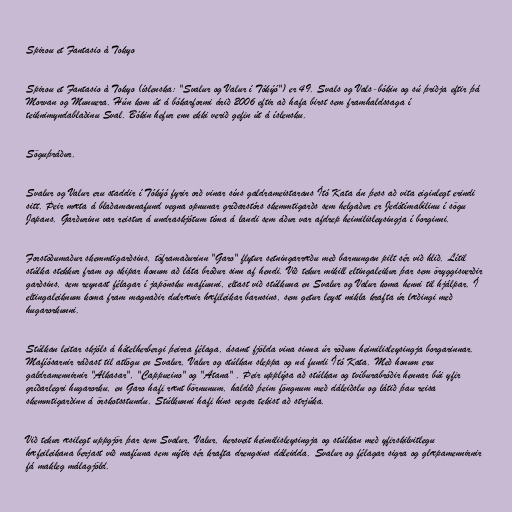
Spirou et Fantasio à Tokyo

Spirou et Fantasio à Tokyo (íslenska: "Svalur og Valur í Tókýó") er 49. Svals og Vals-bókin og sú þriðja eftir þá
Morvan og Munuera. Hún kom út á bókarformi árið 2006 eftir að hafa birst sem framhaldssaga í
teiknimyndablaðinu Sval. Bókin hefur enn ekki verið gefin út á íslensku.

Söguþráður.

Svalur og Valur eru staddir í Tókýó fyrir orð vinar síns galdrameistarans Ító Kata án þess að vita eiginlegt erindi
sitt. Þeir mæta á blaðamannafund vegna opnunar gríðarstórs skemmtigarðs sem helgaður er Jedótímabilinu í sögu
Japans. Garðurinn var reistur á undraskjótum tíma á landi sem áður var afdrep heimilisleysingja í borginni.

Forstöðumaður skemmtigarðsins, töframaðurinn "Garo" flytur setningarræðu með barnungan pilt sér við hlið. Lítil
stúlka stekkur fram og skipar honum að láta bróður sinn af hendi. Við tekur mikill eltingaleikur þar sem öryggisverðir
garðsins, sem reynast félagar í japönsku mafíunni, eltast við stúlkuna en Svalur og Valur koma henni til hjálpar. Í
eltingaleiknum koma fram magnaðir dulrænir hæfileikar barnsins, sem getur leyst mikla krafta úr læðingi með
hugarorkunni.

Stúlkan leitar skjóls á hótelherbergi þeirra félaga, ásamt fjölda vina sinna úr röðum heimilisleysingja borgarinnar.
Mafíósarnir ráðast til atlögu en Svalur, Valur og stúlkan sleppa og ná fundi Ító Kata. Með honum eru
galdramennirnir "Alkasar", "Cappucino" og "Atana" . Þeir upplýsa að stúlkan og tvíburabróðir hennar búi yfir
gríðarlegri hugarorku, en Garo hafi rænt börnunum, haldið þeim föngnum með dáleiðslu og látið þau reisa
skemmtigarðinn á örskotsstundu. Stúlkunni hafi hins vegar tekist að strjúka.

Við tekur æsilegt uppgjör þar sem Svalur, Valur, hersveit heimilisleysingja og stúlkan með yfirskilvitlegu
hæfeileikana berjast við mafíuna sem nýtir sér krafta drengsins dáleidda. Svalur og félagar sigra og glæpamennirnir
fá makleg málagjöld.